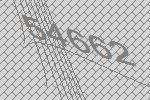
54662